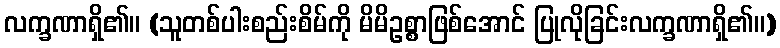
လက္ခဏာရှိ၏။ (သူတစ်ပါးစည်းစိမ်ကို မိမိဥစ္စာဖြစ်အောင် ပြုလိုခြင်းလက္ခဏာရှိ၏။)